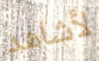
لأشاهد